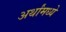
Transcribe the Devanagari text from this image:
अर्थांमध्ये